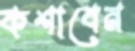
কশাবেন